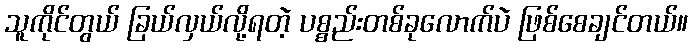
သူကိုင်တွယ် ခြယ်လှယ်လို့ရတဲ့ ပစ္စည်းတစ်ခုလောက်ပဲ ဖြစ်စေချင်တယ်။